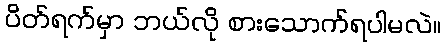
ပိတ်ရက်မှာ ဘယ်လို စားသောက်ရပါမလဲ။